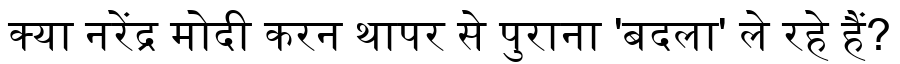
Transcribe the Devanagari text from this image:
क्या नरेंद्र मोदी करन थापर से पुराना 'बदला' ले रहे हैं?